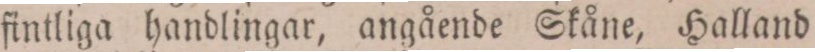
fintliga handlingar, angående Skåne, Halland